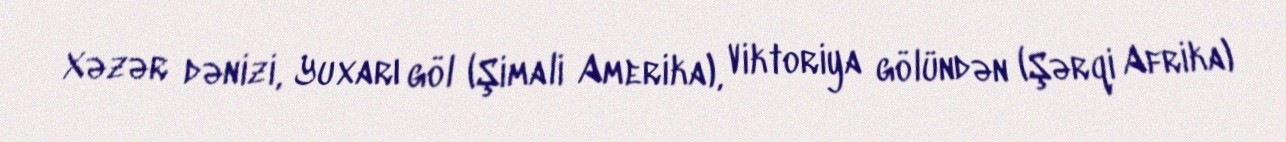
Xəzər dənizi, Yuxarı göl (Şimali Amerika), Viktoriya gölündən (Şərqi Afrika)